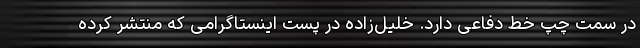
در سمت چپ خط دفاعی دارد. خلیل‌زاده در پست اینستاگرامی که منتشر کرده